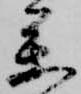
参